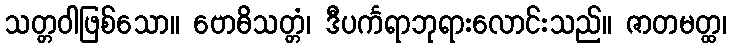
သတ္တဝါဖြစ်သော။ ဗောဓိသတ္တံ၊ ဒီပင်္ကရာဘုရားလောင်းသည်။ ဇာတမတ္ထ၊